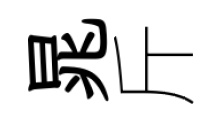
晁斤